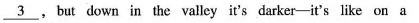
\underline{3},but down in the valley it's darker--it's like on a